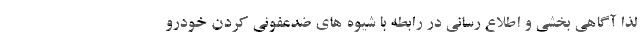
لذا آگاهی بخشی و اطلاع رسانی در رابطه با شیوه های ضدعفونی کردن خودرو